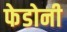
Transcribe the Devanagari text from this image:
फेडोनी